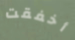
أخفقت